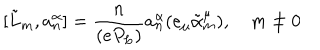
[ \tilde { L } _ { m } , a _ { n } ^ { \alpha } ] = \frac { n } { ( e P _ { L } ) } a _ { n } ^ { \alpha } ( e _ { \mu } \tilde { \alpha } _ { m } ^ { \mu } ) , ~ m \neq 0